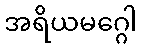
အရိယမဂ္ဂေါ